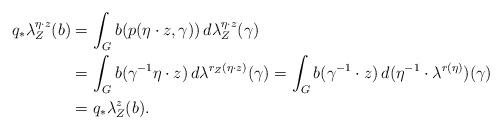
LaTeX: \begin{align*} q_{*}\lambda_{Z}^{\eta\cdot z}(b)&=\int_{G}b(p(\eta\cdot z,\gamma))\,d\lambda_{Z}^{\eta\cdot z}(\gamma) \\ &=\int_{G}b(\gamma^{-1}\eta\cdot z) \,d\lambda^{r_{Z}(\eta\cdot z)}(\gamma) = \int_{G}b(\gamma^{-1}\cdot z)\,d(\eta^{-1}\cdot \lambda^{r(\eta)})(\gamma)\\ & = q_{*}\lambda_{Z}^{z}(b). \end{align*}